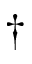
\dagger